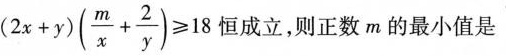
$$( 2 x + y ) ( \frac { m } { x } + \frac { 2 } { y } ) ≥ 1 8$$ 恒成立，则正数m的最小值是